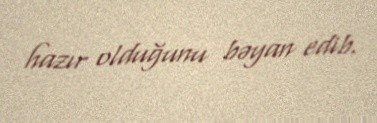
hazır olduğunu bəyan edib.